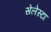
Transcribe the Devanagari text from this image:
सेलेस्टा